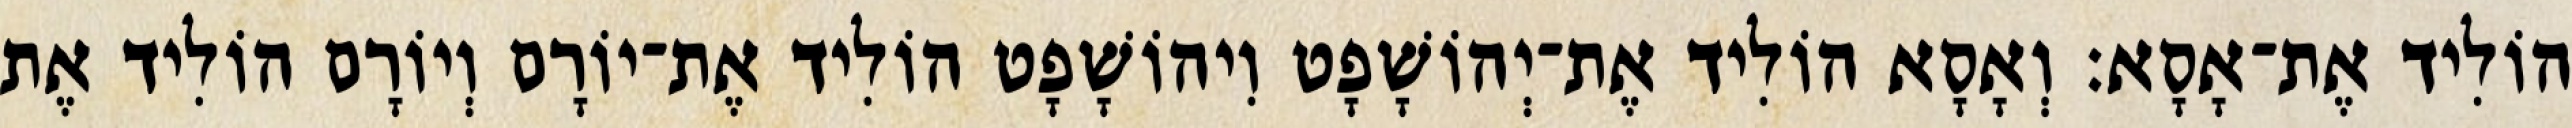
הוֹלִיד אֶת־אָסָא׃ וְאָסָא הוֹלִיד אֶת־יְהוֹשָׁפָט וִיהוֹשָׁפָט הוֹלִיד אֶת־יוֹרָם וְיוֹרָם הוֹלִיד אֶת